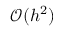
{ \mathcal { O } } ( h ^ { 2 } )